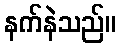
နက်နဲသည်။